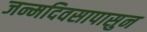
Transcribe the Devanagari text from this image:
जन्मदिवसापासुन